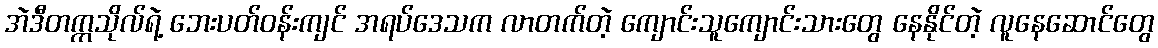
အဲဒီတက္ကသိုလ်ရဲ့ ဘေးပတ်ဝန်းကျင် အရပ်ဒေသက လာတက်တဲ့ ကျောင်းသူကျောင်းသားတွေ နေနိုင်တဲ့ လူနေဆောင်တွေ